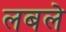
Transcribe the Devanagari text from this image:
लबले